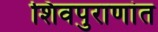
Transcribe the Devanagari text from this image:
शिवपुराणांत